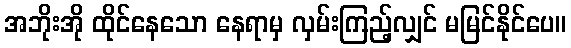
အဘိုးအို ထိုင်နေသော နေရာမှ လှမ်းကြည့်လျှင် မမြင်နိုင်ပေ။